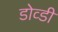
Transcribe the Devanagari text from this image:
डोव्डी